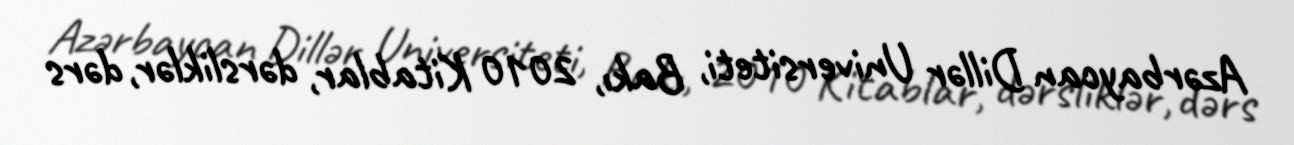
Azərbaycan Dillər Universiteti, Bakı, 2010 Kitablar, dərsliklər, dərs